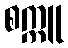
စက္ကူ